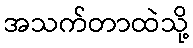
အသက်တာထဲသို့